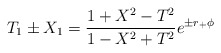
\begin{align*}T_1 \pm X_1 = {1+ X^2 -T^2 \over 1-X^2+T^2} e^{\pm r_+ \phi}\end{align*}